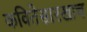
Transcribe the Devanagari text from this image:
कवितेसारखाच